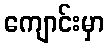
ကျောင်းမှာ